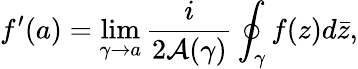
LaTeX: f^{\prime}(a)=\operatorname*{lim}_{\gamma\to a}{\frac{i}{2{\mathcal{A}}(\gamma)}}\oint_{\gamma}f(z)d{\bar{z}},